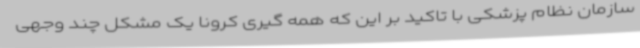
سازمان نظام پزشکی با تاکید بر این که همه گیری کرونا یک مشکل چند وجهی